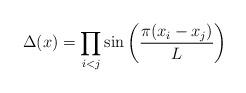
LaTeX: \begin{align*}\Delta(x)=\prod_{i<j} \sin\left( {\pi (x_i-x_j) \over L}\right)\end{align*}